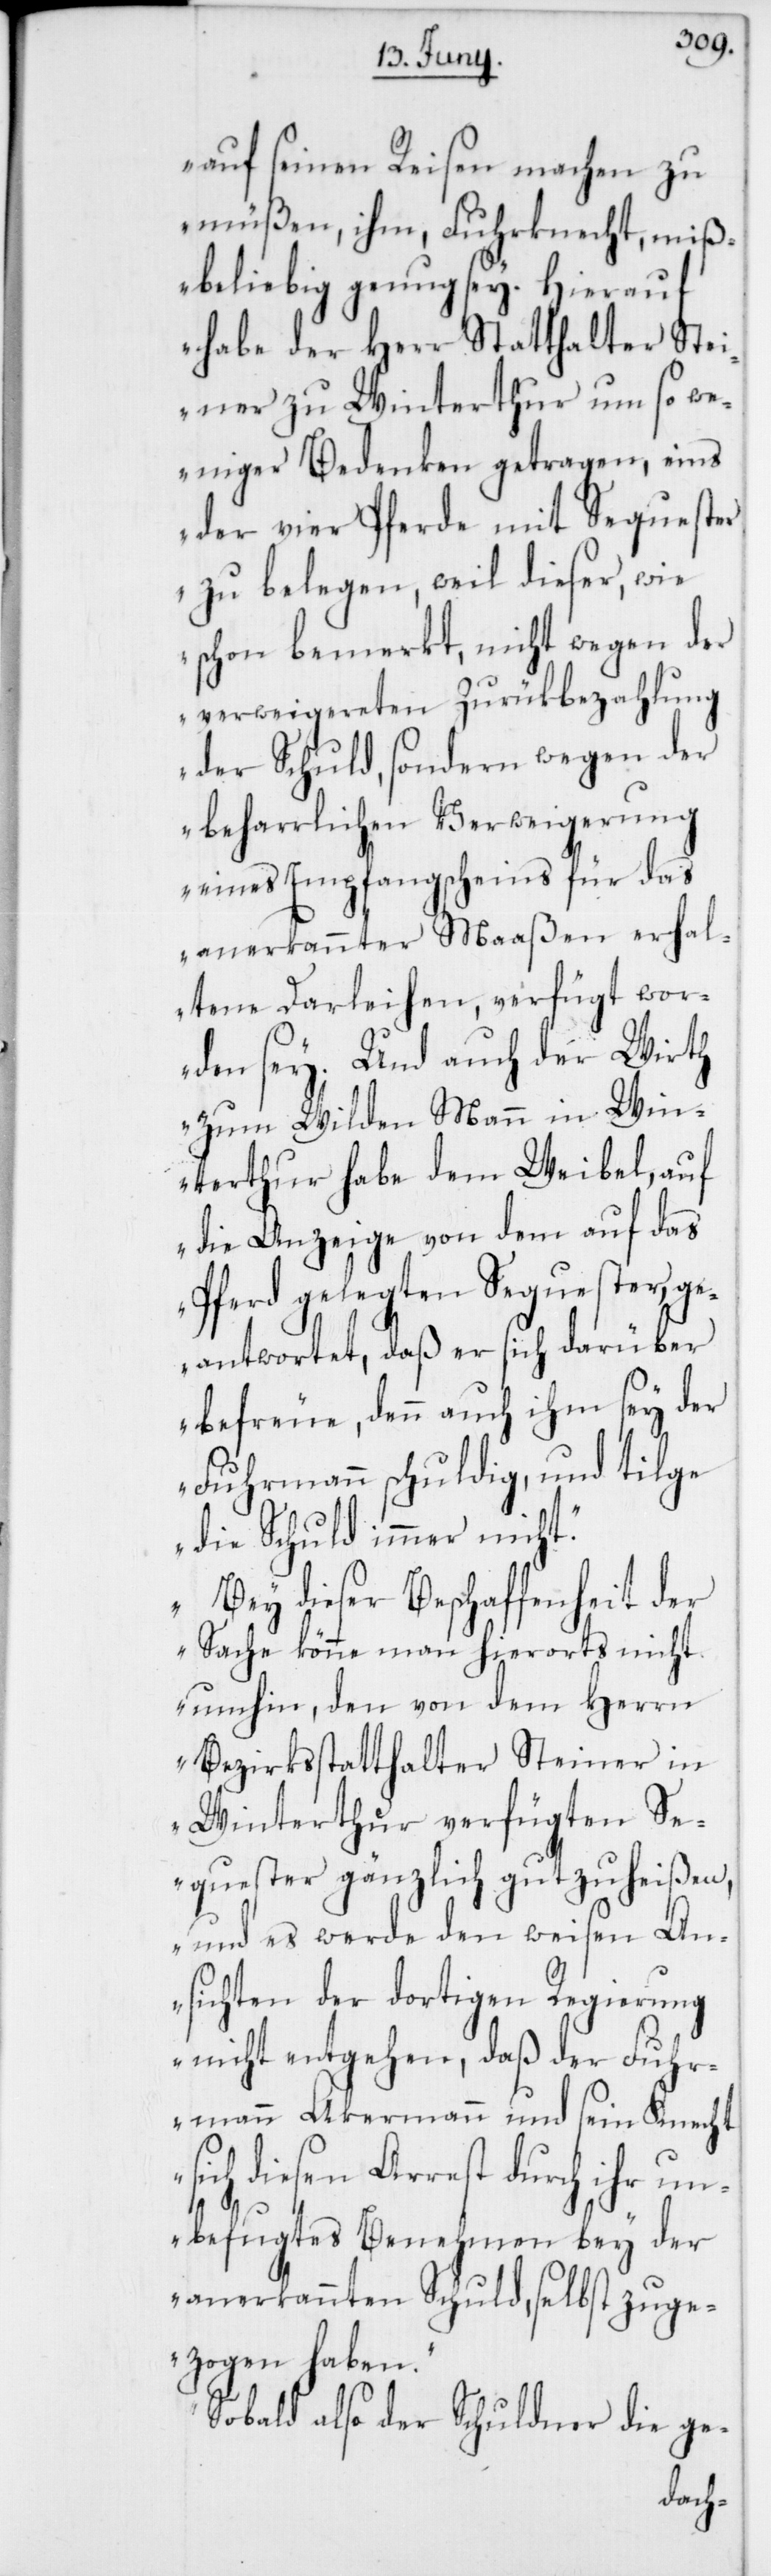
auf seinen Reisen machen zu
müßen, ihm, Fuhrknecht, miß¬
beliebig genug sey. Hierauf
habe der Herr Statthalter Stei¬
ner zu Winterthur um so we¬
niger Bedenken getragen, eins
der vier Pferde mit Sequester
zu belegen, weil dieser, wie
schon bemerkt, nicht wegen der
verweigereten Zurükbezahlung
der Schuld, sondern wegen der
beharrlichen Verweigerung
eines Empfangscheins für das
anerkannter Maaßen erhal¬
tene Darleihen, verfügt wor¬
den sey. Und auch der Wirth
zum Wilden Mann in Win¬
terthur habe dem Weibel, auf
die Anzeige von dem auf das
Pferd gelegten Sequester, ge¬
antwortet, daß er sich darüber
befreue, denn auch ihm sey der
Fuhrmann schuldig, und tilge
die Schuld immer nicht.
Bey dieser Beschaffenheit der
Sache könne man hierorts nicht
umhin, den von dem Herrn
Bezirksstatthalter Steiner in
Winterthur verfügten S¬
equester gänzlich gutzuheißen,
An¬
und es werde den wei¬
sichten der dortigen Regierung
nicht entgehen, daß der Fuhr¬
mann Akermann und sein Knecht
sich diesen Arrest durch ihr un¬
befugtes Benehmen bey der
anerkannten Schuld, selbst zuge¬
zogen haben.
Sobald also der Schuldner die ge-